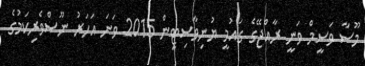
މޫސާ ވަސީމް ވަނީ ރާއްޖޭގެ ގައުމީ ޔުނިވާސިޓީން 2015 ވަނަ އަހަރު ނޫސްވެރިކަމުގެ